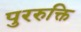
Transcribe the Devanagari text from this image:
पुररुक्ति